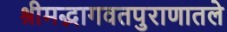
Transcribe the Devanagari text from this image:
श्रीमद्भागवतपुराणातले